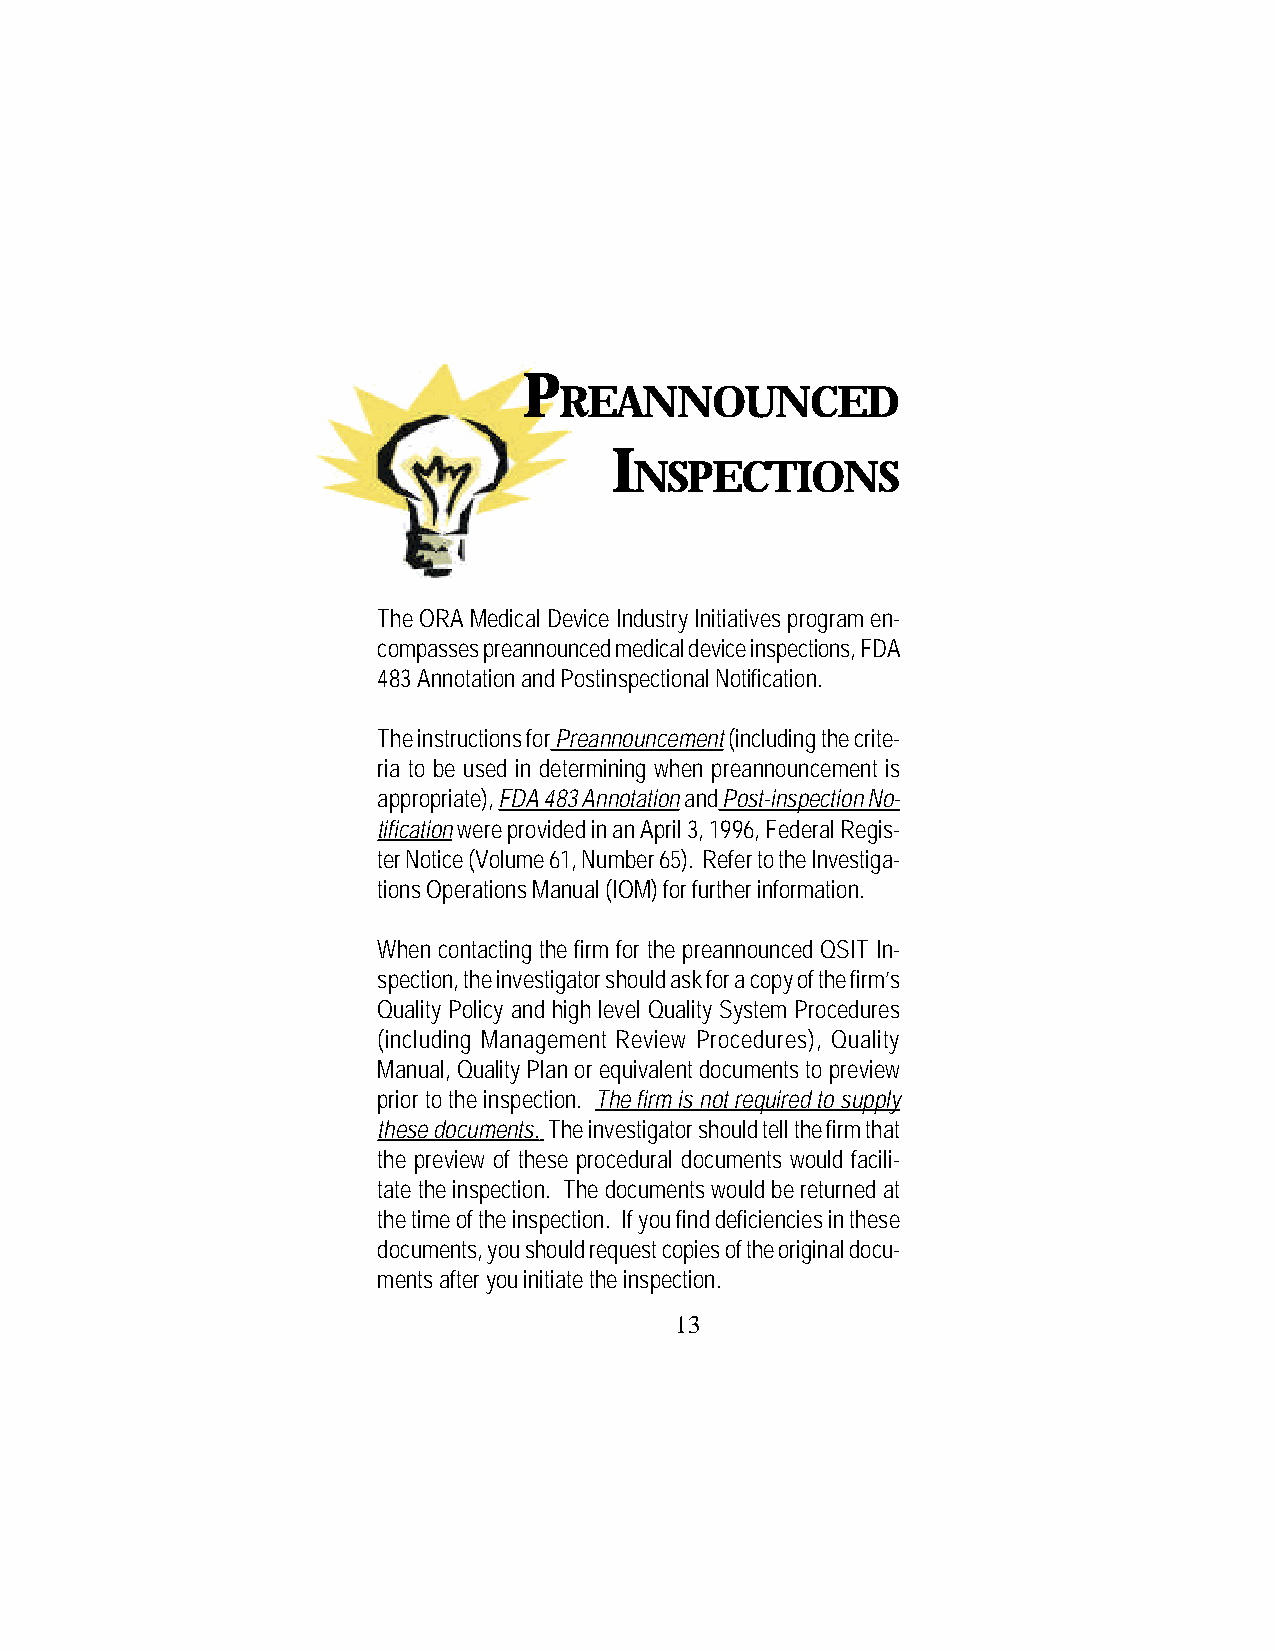
P
 REANNOUNCED
 I
 NSPECTIONS
 The ORA Medical Device Industry Initiatives program en-
 compasses preannounced medical device inspections, FDA
 483 Annotation and Postinspectional Notification.
 The instructions for Preannouncement (including the crite-
 ria to be used in determining when preannouncement is
 appropriate), FDA 483 Annotation and Post-inspection No-
 tification were provided in an April 3, 1996, Federal Regis-
 ter Notice (Volume 61, Number 65). Refer to the Investiga-
 tions Operations Manual (IOM) for further information.
 When contacting the firm for the preannounced QSIT In-
 spection, the investigator should ask for a copy of the firm’s
 Quality Policy and high level Quality System Procedures
 (including Management Review Procedures), Quality
 Manual, Quality Plan or equivalent documents to preview
 prior to the inspection. The firm is not required to supply
 these documents. The investigator should tell the firm that
 the preview of these procedural documents would facili-
 tate the inspection. The documents would be returned at
 the time of the inspection. If you find deficiencies in these
 documents, you should request copies of the original docu-
 ments after you initiate the inspection.
 13